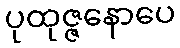
ပုထုဇ္ဇနောပေ